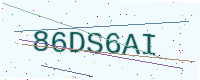
Text: 86DS6AI